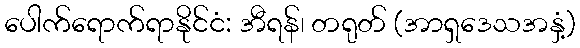
ပေါက်ရောက်ရာနိုင်ငံ: အီရန်၊ တရုတ် (အာရှဒေသအနှံ့)